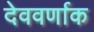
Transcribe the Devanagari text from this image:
देववर्णाक